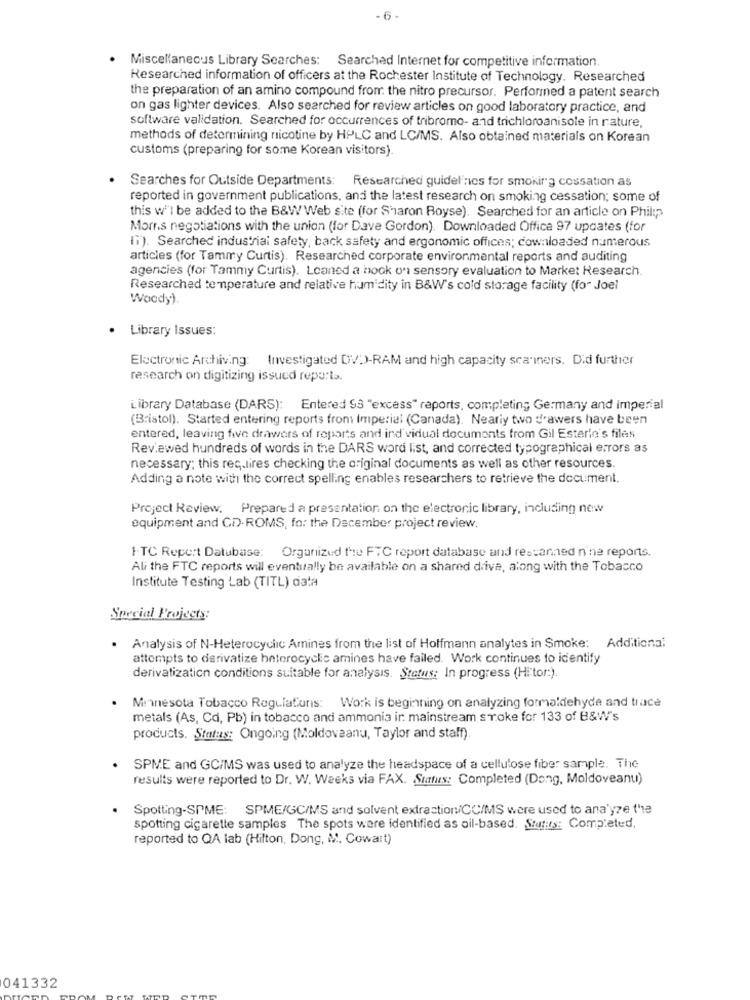
-6.
Miscellaneous Library Searches: Searched Internet for competitive information.
Researched information of officers at the Rochester Institute of Technology. Researched
the preparation of an amino compound from the nitro precursor. Performed a patent search
on gas lighter devices. Also searched for review articles on good laboratory practice, and
software validation. Searched for occurrences of tribromo- and trichloroanisole in rature,
methods of determining nicotine by HPLC and LC/MS. Also obtained materials on Korean
customs (preparing for some Korean visitors)
Searches for Outside Departments: Researched guidelines for smoking cessation as
reported in government publications, and the latest research on smoking cessation; some of
this w'i be added to the B&W Web site (for Sharon Boyse). Searched for an article on Philip
Morr.s negotiations with the union (for Dave Gordon). Downloaded Office 97 updates (for
In). Searched industriai safety, back safety and ergonomic offices; downloaded numerous
articles (for Tammy Curtis). Researched corporate environmental reports and auditing
agencies (for Tammy Curtis). Leaned a book on sensory evaluation to Market Research.
Researched temperature and relative humidity in B&W's cold storage facility (for Joel
Woody).
Library Issues:
Electronic Archiving: Investigated DV:)-RAM and high capacity scanners. Did further
research on digitizing issued reporta.
Library Database (DARS): Entered 93 "excess" reports, completing; Germany and imperial
(Bristol). Started entering reports from Imperial (Canada). Nearly two drawers have been
entered, leaving five drawers of reports and ind vidual documents from Gil Esterle's files
Reviewed hundreds of words in the DARS word list, and corrected typographical errors as
necessary; this requires checking the original documents as well as other resources.
Adding a note with the correct spelling enables researchers to retrieve the document.
Project Review. Prepared a presentation, on the electronic library, including new
equipment and CD-ROMS, fo: the December project review.
ITC Report Datubase: Organized the FTC report database and rescanned n'ne reports.
Ali the FTC reports will eventually be available on a shared drive, along with the Tobacco
Institute Testing Lab (TITL) data
Special Projects:
Analysis of N-Heterocyclic Amines from the list of Hoffmann analytes in Smoke: Additional
attempts to derivatize heterocyclic amines have failed. Work continues to identify
derivatization conditions suitable for analysis. Status: In progress (Hi'tor:).
Minnesota Tobacco Regulators: Work is beginning on analyzing formaldehyde and trace
metals (As, Cd, Pb) in tobacco and ammonia ir: mainstream stoke for 133 of B&W's
products. Status: Ongoing (Moldoveanu, Taylor and staff).
SPME and GC/MS was used to analyze the headspace of a cellulose fiber sample. The
results were reported to Dr. W. Weeks via FAX. Status: Completed (Dong, Moldoveanu)
Spotting-SPME: SPME/GC/MS and solvent extraction/CC/MS were used to ana'yze the
spotting cigarette samples The spots were identified as oil-based. Stunts: Completed.
reported to QA lab (Hilton, Dong, M. Cowart)
041332